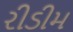
રીડીમ